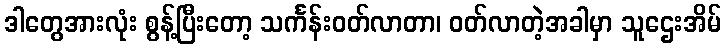
ဒါတွေအားလုံး စွန့်ပြီးတော့ သင်္ကန်းဝတ်လာတာ၊ ဝတ်လာတဲ့အခါမှာ သူဌေးအိမ်